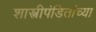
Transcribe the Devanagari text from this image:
शास्त्रीपंडितांच्या